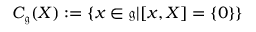
C _ { \mathfrak { g } } ( X ) : = \{ x \in { \mathfrak { g } } | [ x , X ] = \{ 0 \} \}